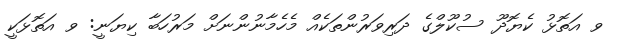
ވ އަތޮޅު ކެޔޮދޫ ސުކޫލްގެ ދަރިވަރުންތަކެއް މެހެމާނުންނަށް މަރުހަބާ ކިޔަނީ: ވ އަތޮޅަކީ